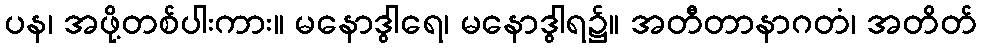
ပန၊ အဖို့တစ်ပါးကား။ မနောဒွါရေ၊ မနောဒွါရ၌။ အတီတာနာဂတံ၊ အတိတ်